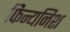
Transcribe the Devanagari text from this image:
फिन्यनिश